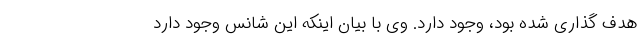
هدف گذاری شده بود، وجود دارد. وی با بیان اینکه این شانس وجود دارد